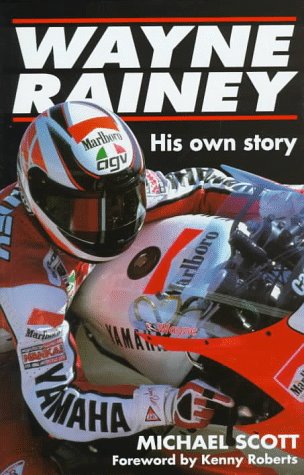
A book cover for Wayne Rainey: His Own Story; Michael Scott; Sports & Outdoors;